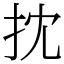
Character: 抌